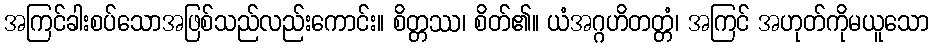
အကြင်ခါးစပ်သောအဖြစ်သည်လည်းကောင်း။ စိတ္တဿ၊ စိတ်၏။ ယံအဂ္ဂဟိတတ္တံ၊ အကြင် အဟုတ်ကိုမယူသော